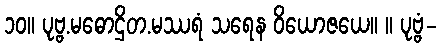
၁၀။ ပုဗ္ဗ.မဓောဌိတ.မဿရံ သရေန ဝိယောဇယေ။ ။ ပုဗ္ဗံ-